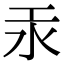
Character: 汞